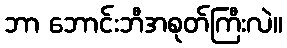
ဘာ ဘောင်းဘီအစုတ်ကြီးလဲ။